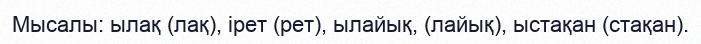
Мысалы: ылақ (лақ), ірет (рет), ылайық, (лайық), ыстақан (стақан).